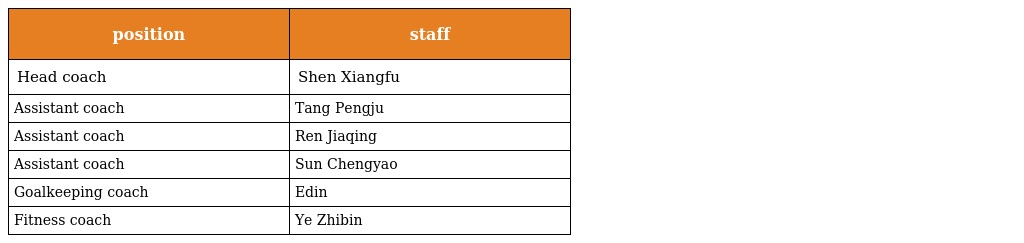
| position | staff |
 | --- | --- |
 | Head coach | Shen Xiangfu |
 | Assistant coach | Tang Pengju |
 | Assistant coach | Ren Jiaqing |
 | Assistant coach | Sun Chengyao |
 | Goalkeeping coach | Edin |
 | Fitness coach | Ye Zhibin |